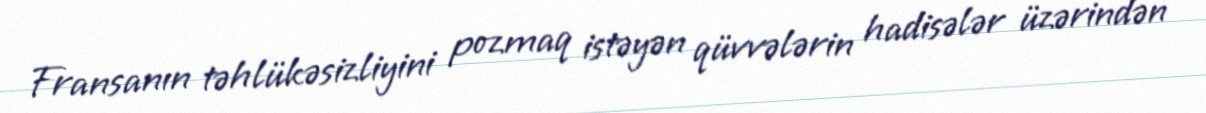
Fransanın təhlükəsizliyini pozmaq istəyən qüvvələrin hadisələr üzərindən